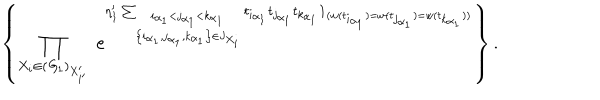
\left\{ \prod _ { X _ { i } \in ( { \it G } _ { 1 } ) _ { X _ { i ^ { \prime } } ^ { \prime } } } \; e ^ { \eta _ { 1 } ^ { \prime } \sum _ { \stackrel { i _ { \alpha _ { 1 } } < j _ { \alpha _ { 1 } } < k _ { \alpha _ { 1 } } } { \left\{ i _ { \alpha _ { 1 } } , j _ { \alpha _ { 1 } } , k _ { \alpha _ { 1 } } \right\} \in J _ { X _ { i } } } } t _ { i _ { \alpha _ { 1 } } } t _ { j _ { \alpha _ { 1 } } } t _ { k _ { \alpha _ { 1 } } } { \bf 1 } _ { ( w ( t _ { i _ { \alpha _ { 1 } } } ) = w ( t _ { j _ { \alpha _ { 1 } } } ) = w ( t _ { k _ { \alpha _ { 1 } } } ) ) } } \right\} .